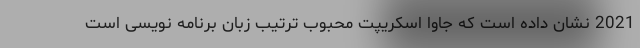
2021 نشان داده است که جاوا اسکریپت محبوب ترتیب زبان برنامه نویسی است